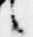
言